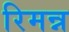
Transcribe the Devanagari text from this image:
रिमन्न